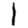
Digit: 1